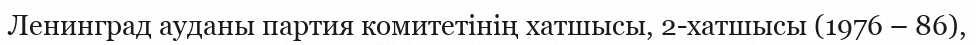
Ленинград ауданы партия комитетінің хатшысы, 2-хатшысы (1976 – 86),